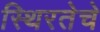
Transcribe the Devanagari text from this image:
स्थिरतेचे